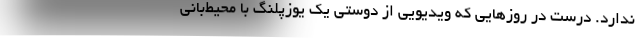
ندارد. درست در روزهایی که ویدیویی از دوستیِ یک یوزپلنگ با محیط‌بانی